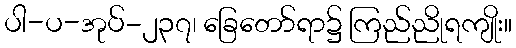
ပါ-ပ-အုပ်-၂၃၇၊ ခြေတော်ရာ၌ ကြည်ညိုရကျိုး။